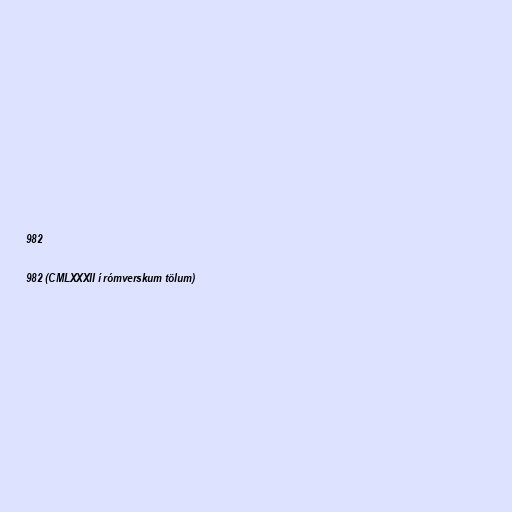
982

982 (CMLXXXII í rómverskum tölum)